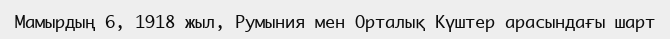
Мамырдың 6, 1918 жыл, Румыния мен Орталық Күштер арасындағы шарт